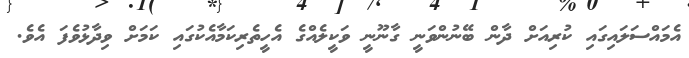
އެމައްސަލައިގައި ކުރިއަށް ދާން ބޭނުންވަނީ ގާނޫނީ ވަކީލެއްގެ އެހީތެރިކަމާއެކުގައި ކަމަށް ވިދާޅުވެފަ އެވެ.